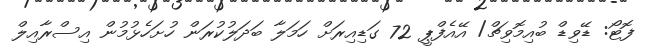
ފޮޓޯ: ޑޭވިޑް ބުއިމޮވިޗް/ އޭއެފްޕީ 72 ގަޑިއިރަށް ހަމަލާ ބަދަލުކުރަން ހުށަހެޅުމުން އިސްރާއިލް